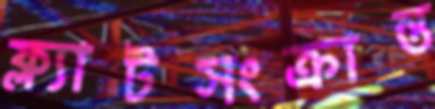
ফ্ল্যাটসংক্রান্ত